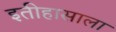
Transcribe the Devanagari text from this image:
इतीहासाला